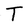
Character: T